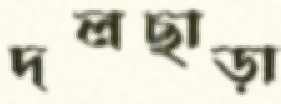
দলছাড়া